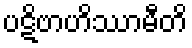
ပဋိဗာဟိဿာမီတိ